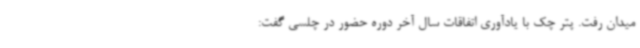
میدان رفت. پتر چک با یادآوری اتفاقات سال آخر دوره حضور در چلسی گفت: